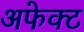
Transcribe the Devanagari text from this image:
अफेक्ट